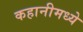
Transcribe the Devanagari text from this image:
कहानीमध्ये